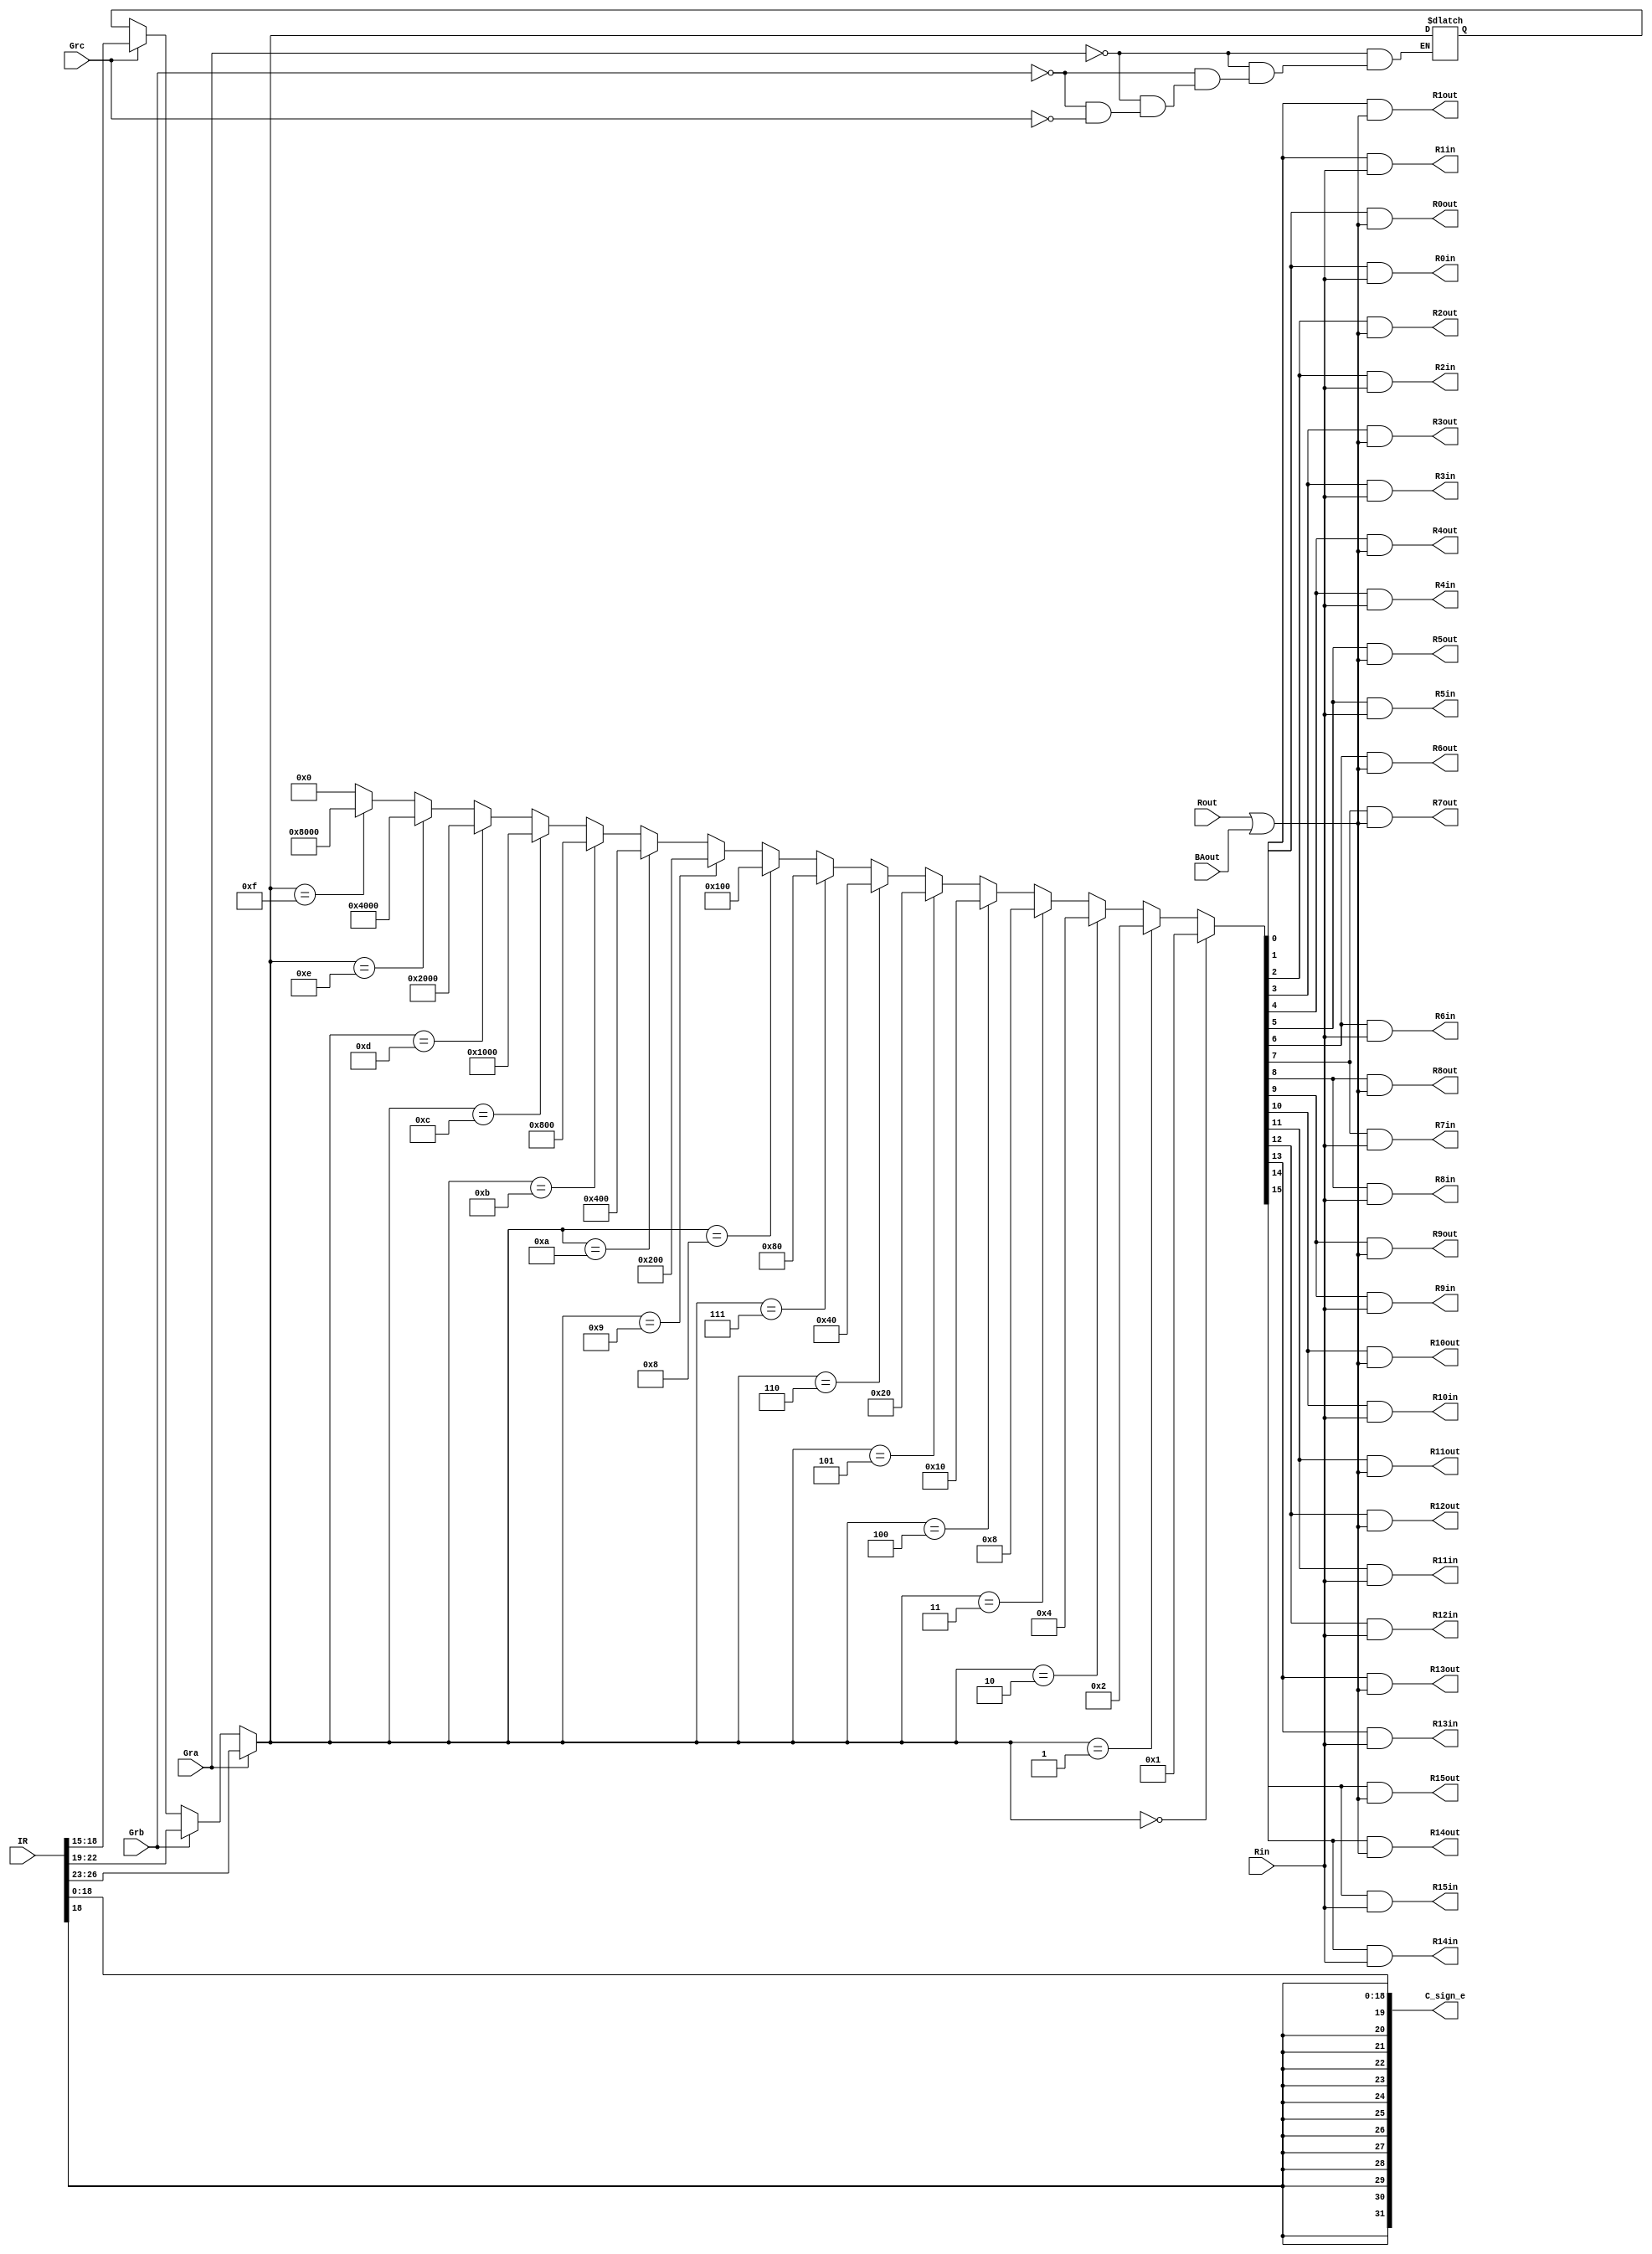
module SelectEncode(
	input [31:0] IR, 
	input Gra, Grb, Grc, Rin, Rout, BAout,
	output [31:0] C_sign_e,
	output 	      R0in, R0out,
						R1in, R1out,
						R2in, R2out,
						R3in, R3out,
						R4in, R4out,
						R5in, R5out,
						R6in, R6out,
						R7in, R7out,
						R8in, R8out,
						R9in, R9out,
						R10in, R10out,
						R11in, R11out,
						R12in, R12out,
						R13in, R13out,
						R14in, R14out,
						R15in, R15out
	);
	
	reg [3:0] OpCode, Ra, Rb, Rc, decoderInput;
	reg [15:0] decoderOutput, out, in;
	reg [31:0] C_sign_extended;
	reg temp;
	integer i;
	
	always @ (*) begin
		OpCode = IR[31:27];
		Ra = IR[26:23];
		Rb = IR[22:19];
		Rc = IR[18:15];
		
		if (Gra == 1) begin
			decoderInput = Ra;
			end
		else if (Grb == 1) begin
			decoderInput = Rb;
			end
		else if (Grc == 1) begin
			decoderInput = Rc;
			end
			
		if(decoderInput == 4'b0000) begin
        decoderOutput = 16'b0000000000000001;
    end
    else if(decoderInput == 4'b0001) begin
        decoderOutput = 16'b0000000000000010;
    end
    else if(decoderInput == 4'b0010) begin
        decoderOutput = 16'b0000000000000100;
    end
    else if(decoderInput == 4'b0011) begin
        decoderOutput = 16'b0000000000001000;
    end
    else if(decoderInput == 4'b0100) begin
        decoderOutput = 16'b0000000000010000;
    end
    else if(decoderInput == 4'b0101) begin
        decoderOutput = 16'b0000000000100000;
    end
    else if(decoderInput == 4'b0110) begin
        decoderOutput = 16'b0000000001000000;
    end
    else if(decoderInput == 4'b0111) begin
        decoderOutput = 16'b0000000010000000;
    end
    else if(decoderInput == 4'b1000) begin
        decoderOutput = 16'b0000000100000000;
    end
    else if(decoderInput == 4'b1001) begin
        decoderOutput = 16'b0000001000000000;
    end
    else if(decoderInput == 4'b1010) begin
        decoderOutput = 16'b0000010000000000;
    end
    else if(decoderInput == 4'b1011) begin
        decoderOutput = 16'b0000100000000000;
    end
    else if(decoderInput == 4'b1100) begin
        decoderOutput = 16'b0001000000000000;
    end
    else if(decoderInput == 4'b1101) begin
        decoderOutput = 16'b0010000000000000;
    end
    else if(decoderInput == 4'b1110) begin
        decoderOutput = 16'b0100000000000000;
    end
    else if(decoderInput == 4'b1111) begin
        decoderOutput = 16'b1000000000000000;
    end
	 else begin 
		decoderOutput = 16'b0000000000000000;
	 end 
			
		for (i=0; i<16; i=i+1) begin
			in[i] = decoderOutput[i] & Rin;
			end
		temp = Rout | BAout;
		for (i=0; i<16; i=i+1) begin
			out[i] = decoderOutput[i] & temp;
			end
		C_sign_extended = {{13{IR[18]}}, {IR[18:0]}};
			
	end
	
		assign {R15in, R14in, R13in, R12in, R11in, R10in, R9in, R8in, R7in, R6in, R5in, R4in, R3in, R2in, R1in, R0in} = in;
		assign {R15out, R14out, R13out, R12out, R11out, R10out, R9out, R8out, R7out, R6out, R5out, R4out, R3out, R2out, R1out, R0out} = out;
		assign  C_sign_e = C_sign_extended;
		
endmodule